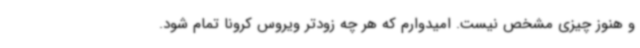
و هنوز چیزی مشخص نیست. امیدوارم که هر چه زودتر ویروس کرونا تمام شود.